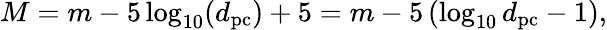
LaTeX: M=m-5\log_{10}(d_{\mathrm{pc}})+5=m-5\left(\log_{10}d_{\mathrm{pc}}-1\right),